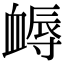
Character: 𧗈